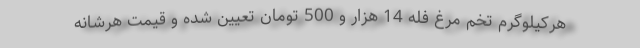
هرکیلوگرم تخم مرغ فله 14 هزار و 500 تومان تعیین شده و قیمت هرشانه